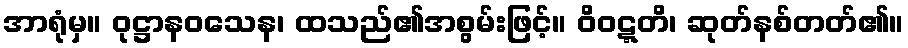
အာရုံမှ။ ဝုဋ္ဌာနဝသေန၊ ထသည်၏အစွမ်းဖြင့်။ ဝိဝဋ္ဋတိ၊ ဆုတ်နစ်တတ်၏။